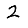
Digit: 2